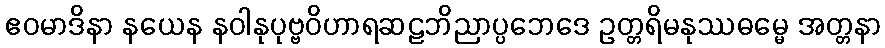
ဧဝမာဒိနာ နယေန နဝါနုပုဗ္ဗဝိဟာရဆဠဘိညာပ္ပဘေဒေ ဥတ္တရိမနုဿဓမ္မေ အတ္တနာ